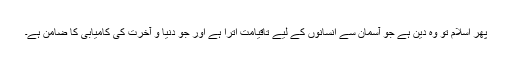
پھر اسلام تو وہ دین ہے جو آسمان سے انسانوں کے لیے تاقیامت اترا ہے اور جو دنیا و آخرت کی کامیابی کا ضامن ہے۔